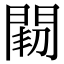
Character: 𨴒